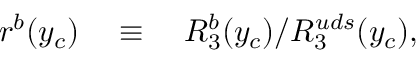
r ^ { b } ( y _ { c } ) \quad \equiv \quad R _ { 3 } ^ { b } ( y _ { c } ) / R _ { 3 } ^ { u d s } ( y _ { c } ) ,